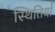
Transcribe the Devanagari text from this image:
स्थितिया॑